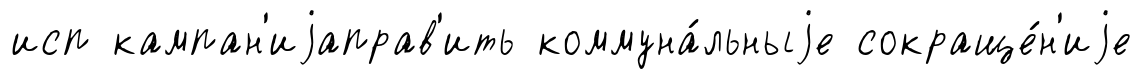
исп кампан'иjаправ'ить коммуна́льныjе сокраще́н'иjе